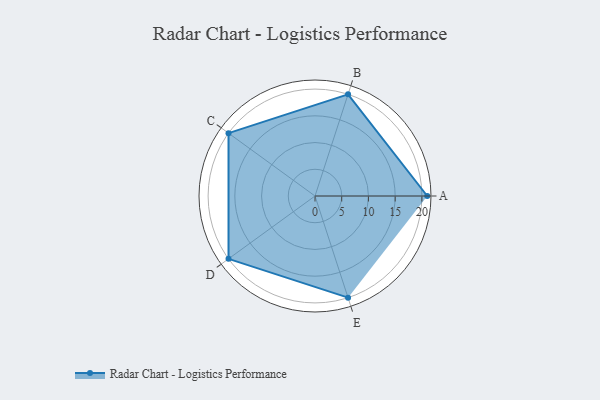
{"axis": {"x": "Skill", "y": "Score"}, "legend": ["Profile"], "data": [{"x": "A", "y": 21.0, "type": "Profile"}, {"x": "B", "y": 20, "type": "Profile"}, {"x": "C", "y": 20, "type": "Profile"}, {"x": "D", "y": 20, "type": "Profile"}, {"x": "E", "y": 20, "type": "Profile"}]}